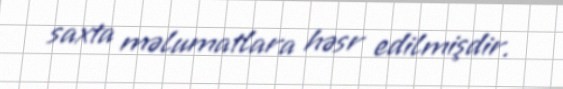
saxta məlumatlara həsr edilmişdir.